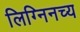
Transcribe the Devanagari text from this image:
लिग्निनच्य